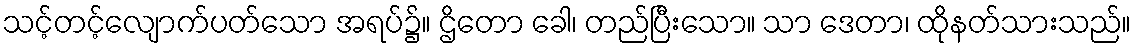
သင့်တင့်လျောက်ပတ်သော အရပ်၌။ ဌိတော ခေါ၊ တည်ပြီးသော။ သာ ဒေတာ၊ ထိုနတ်သားသည်။